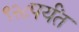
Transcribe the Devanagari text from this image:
९२८पर्यंत